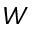
W